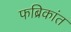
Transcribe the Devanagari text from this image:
फब्रिकांत